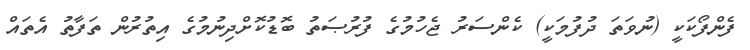
ފެންފޯކަކީ (ނުވަތަ ދުފުމަކީ) ކެންސަރު ޖެހުމުގެ ފުރުޞަތު ބޮޑުކޮށްދިނުމުގެ އިތުރުން ތަފާތު އެތައް